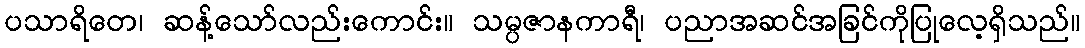
ပသာရိတေ၊ ဆန့်သော်လည်းကောင်း။ သမ္ပဇာနကာရီ၊ ပညာအဆင်အခြင်ကိုပြုလေ့ရှိသည်။